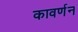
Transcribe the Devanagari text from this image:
कावर्णन